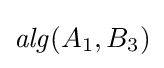
{\mathit {alg}}(A_{1},B_{3})